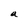
Character: a